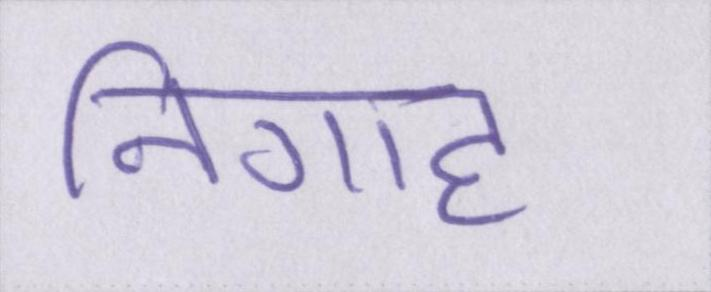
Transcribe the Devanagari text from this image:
निगाह